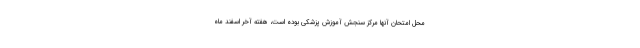
محل امتحان آنها مرکز سنجش آموزش پزشکی بوده است، هفته آخر اسفند ماه